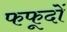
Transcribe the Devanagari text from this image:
फफूदों